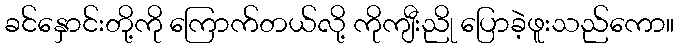
ခင်နှောင်းတို့ကို ကြောက်တယ်လို့ ကိုကျီးညို ပြောခဲ့ဖူးသည်ကော။